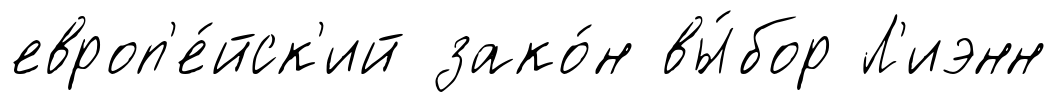
европ'е́йск'ий зако́н вы́бор Л'иэнн